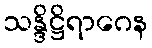
သန္ဒိဋ္ဌိရာဂေန